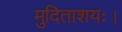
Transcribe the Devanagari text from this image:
मुदिताशयः।